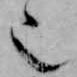
也